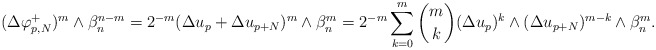
\begin{align*} \begin{aligned}(\Delta \varphi_{p,N}^{+})^m\wedge\beta_n^{n-m}=2^{-m}(\Delta u_p+\Delta u_{p+N})^m\wedge\beta_n^m=2^{-m}\sum\limits_{k=0}^m \binom mk(\Delta u_p)^k\wedge(\Delta u_{p+N})^{m-k}\wedge\beta_n^m.\end{aligned} \end{align*}